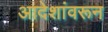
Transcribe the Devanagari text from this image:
आदेशांवरून